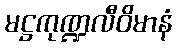
မဋ္ဌကုဏ္ဍလီဝိမာနံ